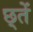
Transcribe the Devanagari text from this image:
छ्तें